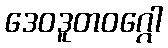
ဒေဝဒူတဝဂ္ဂေါ